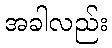
အခါလည်း